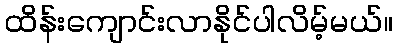
ထိန်းကျောင်းလာနိုင်ပါလိမ့်မယ်။